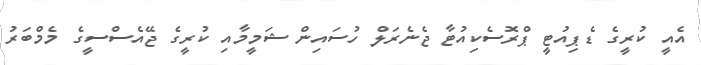
އެއީ ކުރީގެ ޑެޕިއުޓީ ޕްރޮސެކިއުޓާ ޖެނެރަލް ހުސައިން ޝަމީމާއި ކުރީގެ ޖޭއެސްސީގެ މެމްބަރު